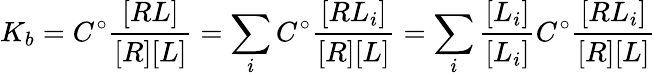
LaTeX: K_{b}=C^{\circ}\frac{[RL]}{[R][L]}=\sum_{i}C^{\circ}\frac{[RL_{i}]}{[R][L]}=\sum_{i}\frac{[L_{i}]}{[L_{i}]}C^{\circ}\frac{[RL_{i}]}{[R][L]}